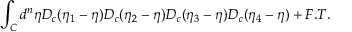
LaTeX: \int _ { C } d ^ { n } \eta D _ { c } ( \eta _ { 1 } - \eta ) D _ { c } ( \eta _ { 2 } - \eta ) D _ { c } ( \eta _ { 3 } - \eta ) D _ { c } ( \eta _ { 4 } - \eta ) + F . T .